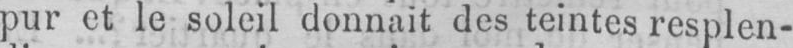
pur et le soleil donnait des teintes resplen-